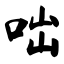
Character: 咄